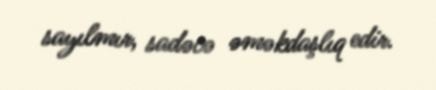
sayılmır, sadəcə əməkdaşlıq edir.